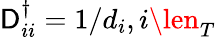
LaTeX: \mathsf{D}_{ii}^{\dagger}=1/d_{i},i\len_{T}